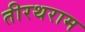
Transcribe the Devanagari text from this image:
तीरथराम